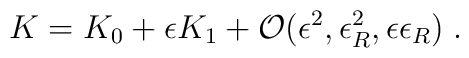
K = K_0 + \epsilon K_1 + {\cal O}(\epsilon^2,\epsilon_R^2,                                    \epsilon\epsilon_R) \; .